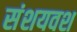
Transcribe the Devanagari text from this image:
संशयवश